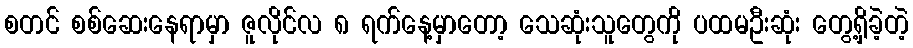
စတင် စစ်ဆေးနေရာမှာ ဇူလိုင်လ ၈ ရက်နေ့မှာတော့ သေဆုံးသူတွေကို ပထမဦးဆုံး တွေ့ရှိခဲ့တဲ့